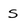
Character: s